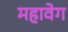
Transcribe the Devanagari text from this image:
महावेग